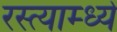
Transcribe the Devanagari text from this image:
रस्त्याम्ध्ये